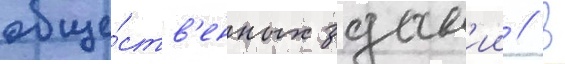
обще́ств'енных здан'ии // В